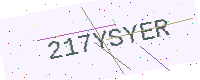
Text: 217YSYER